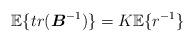
LaTeX: \begin{align*}\mathbb{E}\{tr(\boldsymbol{B}^{-1})\}=K\mathbb{E}\{r^{-1}\}\end{align*}